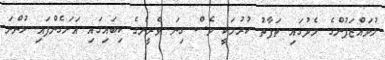
މުވައްޒަފުންގެ މެދުގައި ތަފާތު ކުރުމަކީ ވެސް ގިނަ ވެރީންގެ ކިބައިގައި އަށަގެންފައި ހުންނަ